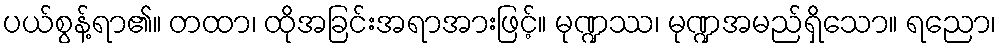
ပယ်စွန့်ရာ၏။ တထာ၊ ထိုအခြင်းအရာအားဖြင့်။ မုဏ္ဍဿ၊ မုဏ္ဍအမည်ရှိသော။ ရညော၊